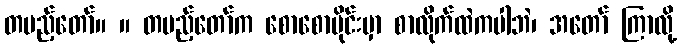
တပည့်တော်။ ။ တပည့်တော်က စောစောပိုင်းမှာ စာလိုက်ထဲကပါဘဲ၊ အတော် ကြာလို့